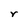
Character: r